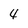
Character: 4